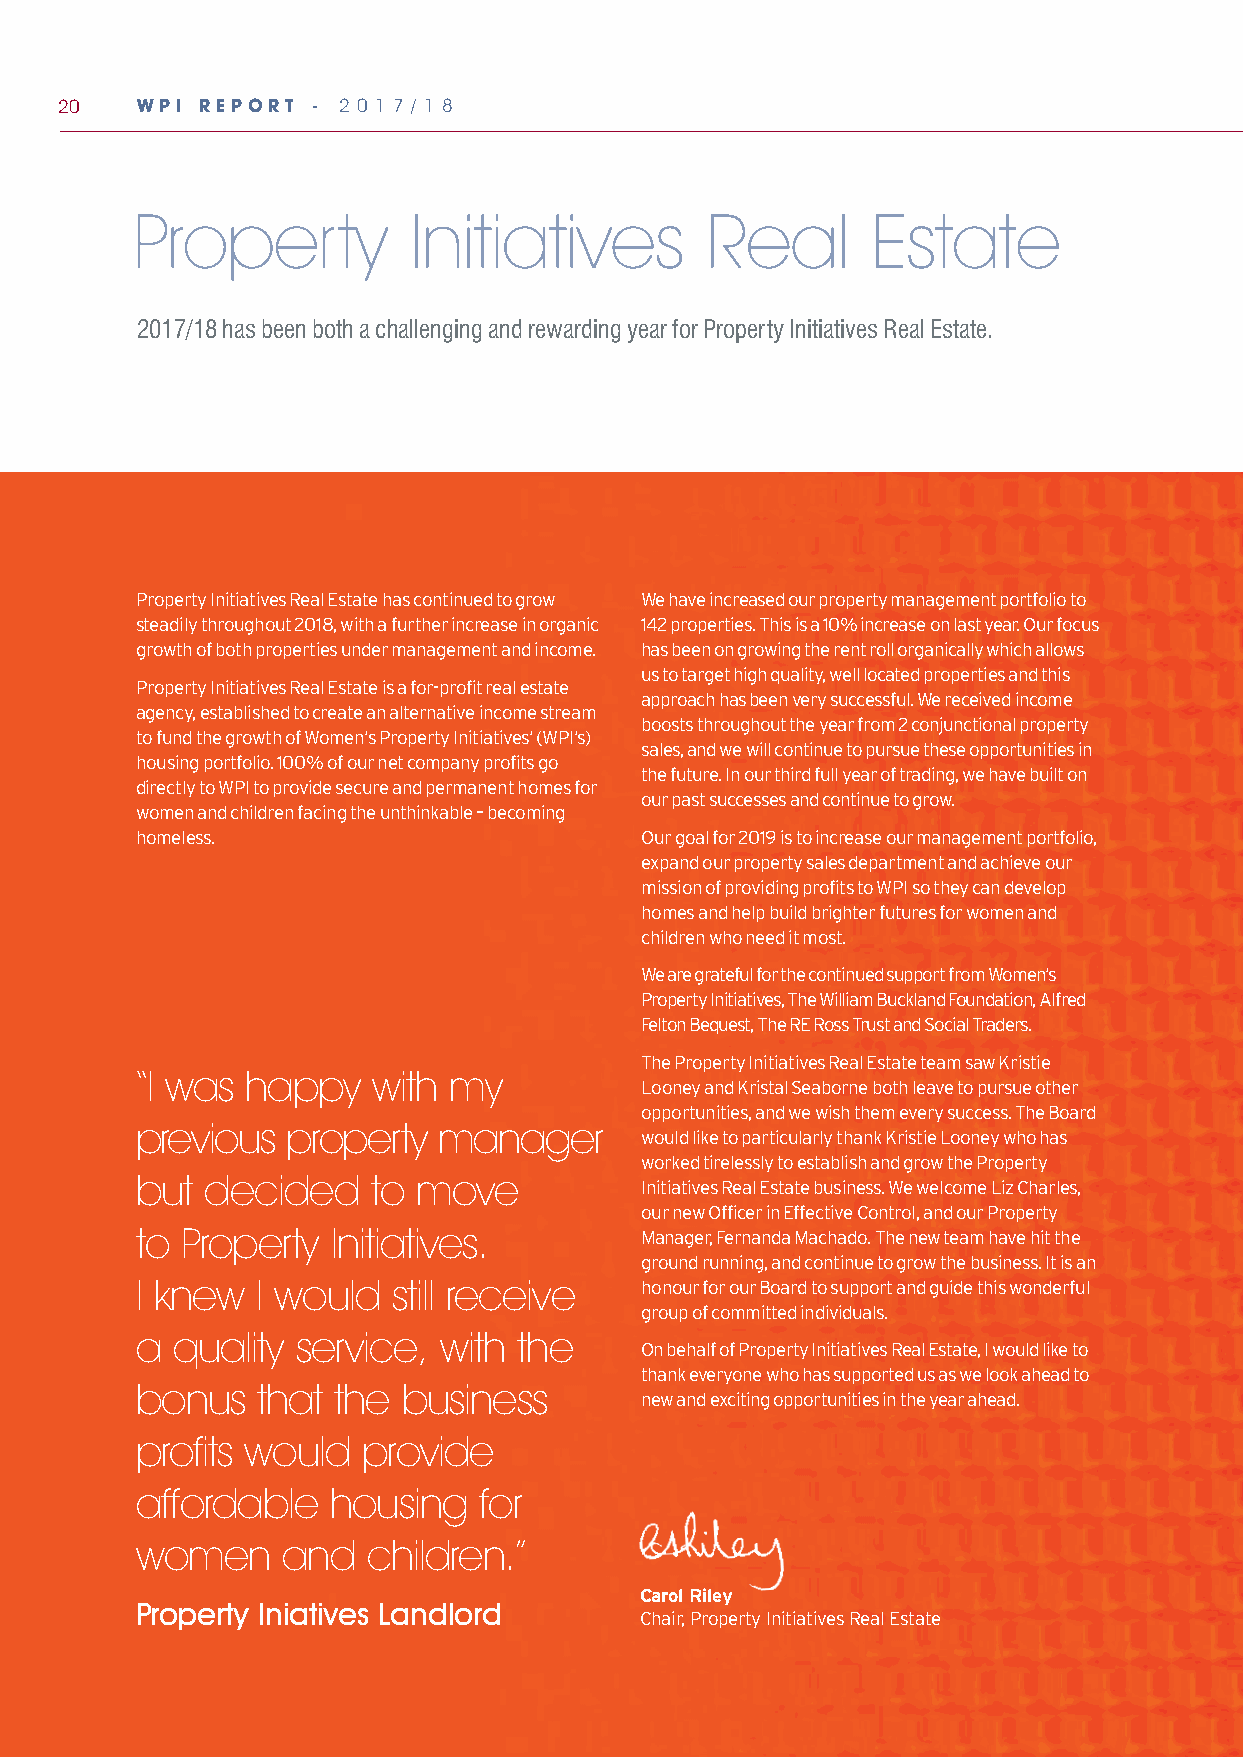
20   WPI REPORT  - 2 0 1 7 / 1 8
 Property          Initiatives         Real       Estate
 2017/18 has been both a challenging and rewarding year for Property Initiatives Real Estate.
 Property Initiatives Real Estate has continued to grow We have increased our property management portfolio to
 steadily throughout 2018, with a further increase in organic 142 properties. This is a 10% increase on last year. Our focus
 growth of both properties under management and income. has been on growing the rent roll organically which allows
 us to target high quality, well located properties and this
 Property Initiatives Real Estate is a for-profit real estate
 approach has been very successful. We received income
 agency, established to create an alternative income stream
 boosts throughout the year from 2 conjunctional property
 to fund the growth of Women’s Property Initiatives’ (WPI’s)
 sales, and we will continue to pursue these opportunities in
 housing portfolio. 100% of our net company profits go
 the future. In our third full year of trading, we have built on
 directly to WPI to provide secure and permanent homes for
 our past successes and continue to grow.
 women and children facing the unthinkable – becoming
 homeless.                        Our goal for 2019 is to increase our management portfolio,
 expand our property sales department and achieve our
 mission of providing profits to WPI so they can develop
 homes and help build brighter futures for women and
 children who need it most.
 We are grateful for the continued support from Women’s
 Property Initiatives, The William Buckland Foundation, Alfred
 Felton Bequest, The RE Ross Trust and Social Traders.
 The Property Initiatives Real Estate team saw Kristie
 “I was happy    with my
 Looney and Kristal Seaborne both leave to pursue other
 opportunities, and we wish them every success. The Board
 previous  property  manager
 would like to particularly thank Kristie Looney who has
 worked tirelessly to establish and grow the Property
 but decided    to move           Initiatives Real Estate business. We welcome Liz Charles,
 our new Officer in Effective Control, and our Property
 to Property  Initiatives.        Manager, Fernanda Machado. The new team have hit the
 ground running, and continue to grow the business. It is an
 I knew  I would  still receive   honour for our Board to support and guide this wonderful
 group of committed individuals.
 a quality service,  with the
 On behalf of Property Initiatives Real Estate, I would like to
 thank everyone who has supported us as we look ahead to
 bonus   that the business
 new and exciting opportunities in the year ahead.
 profits would  provide
 affordable   housing   for
 women     and  children.”
 Carol Riley
 Property Iniatives Landlord
 Chair, Property Initiatives Real Estate